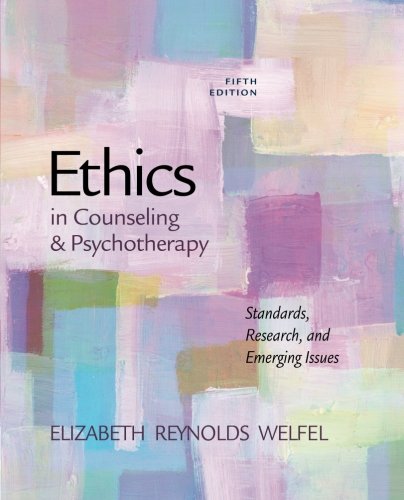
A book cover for Ethics in Counseling & Psychotherapy; Elizabeth Reynolds Welfel; Business & Money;